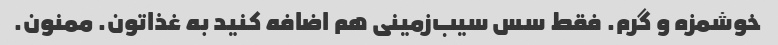
خوشمزه و گرم. فقط سس سیب‌زمینی هم اضافه کنید به غذاتون. ممنون.